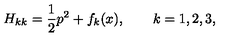
H _ { k k } = \frac { 1 } { 2 } p ^ { 2 } + f _ { k } ( x ) , \qquad k = 1 , 2 , 3 ,